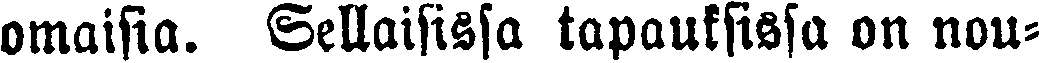
omaisia. Sellaisissa tapauksissa on nou-